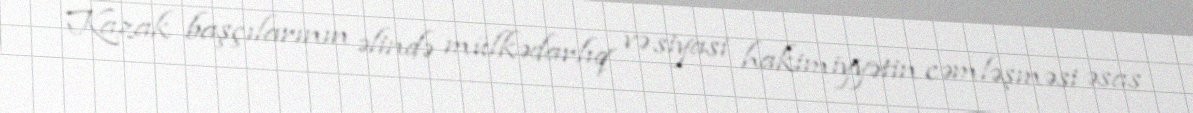
Kazak başçılarının əlində mülkədarlıq və siyasi hakimiyyətin cəmləşməsi əsas